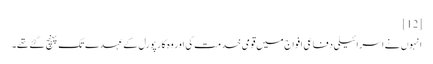
[12]
انہوں نے اسرائیلی دفاعی افواج میں قومی خدمت کی اور وہ کارپورل کے عہدے تک پہنچ گئے تھے۔